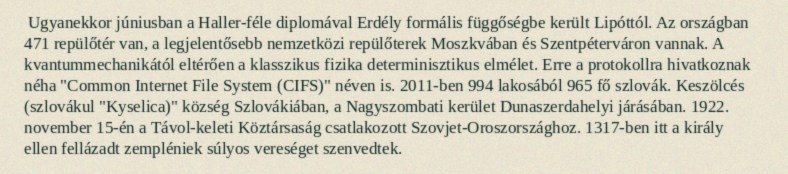
Ugyanekkor júniusban a Haller-féle diplomával Erdély formális függőségbe került Lipóttól. Az országban 471 repülőtér van, a legjelentősebb nemzetközi repülőterek Moszkvában és Szentpéterváron vannak. A kvantummechanikától eltérően a klasszikus fizika determinisztikus elmélet. Erre a protokollra hivatkoznak néha "Common Internet File System (CIFS)" néven is. 2011-ben 994 lakosából 965 fő szlovák. Keszölcés (szlovákul "Kyselica)" község Szlovákiában, a Nagyszombati kerület Dunaszerdahelyi járásában. 1922. november 15-én a Távol-keleti Köztársaság csatlakozott Szovjet-Oroszországhoz. 1317-ben itt a király ellen fellázadt zempléniek súlyos vereséget szenvedtek.